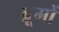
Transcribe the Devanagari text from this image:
ब्रूगों